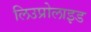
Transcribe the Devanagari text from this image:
लिउप्रोलाइड